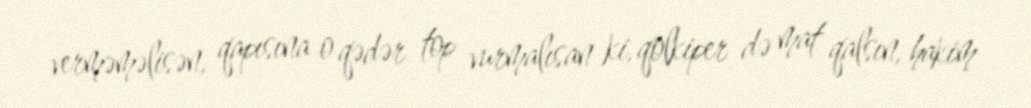
verməməlisən, qapısına o qədər top vurmalısan ki, qolkiper də mat qalsın, hakim